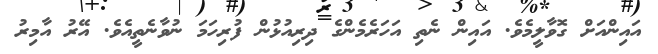
އައިންއަށް ގޮވާލީމެވެ. އައިން ނެތި އަހަރެމެންގެ ދިރިއުޅުން ފުރިހަމަ ނުވާނެތީއެވެ. އޭރު އާމިރު